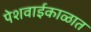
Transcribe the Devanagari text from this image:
पेशवाईकाळात